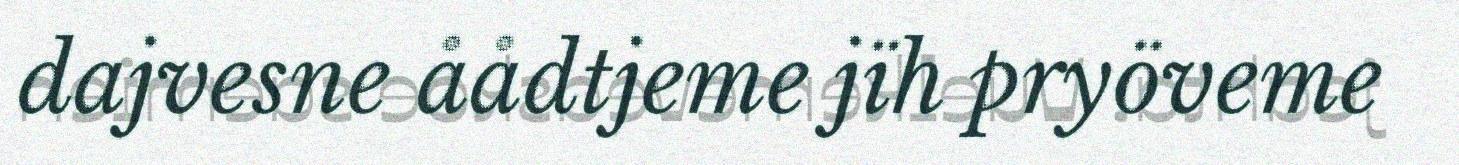
dajvesne åådtjeme jïh pryöveme